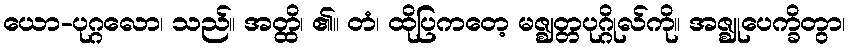
ယော-ပုဂ္ဂလော၊ သည်။ အတ္ထိ၊ ၏။ တံ၊ ထိုပြကတေ့ မဇ္ဈတ္တပုဂ္ဂိုလ်ကို။ အဇ္ဈုပေက္ခိတွာ၊